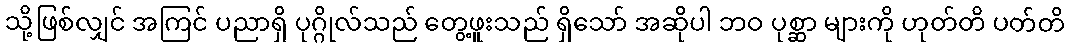
သို့ဖြစ်လျှင် အကြင် ပညာရှိ ပုဂ္ဂိုလ်သည် တွေ့ဖူးသည် ရှိသော် အဆိုပါ ဘဝ ပုစ္ဆာ များကို ဟုတ်တိ ပတ်တိ